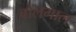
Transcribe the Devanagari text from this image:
बोलभाल